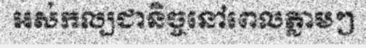
អស់កល្បជានិច្ចនៅពេលភ្លាមៗ